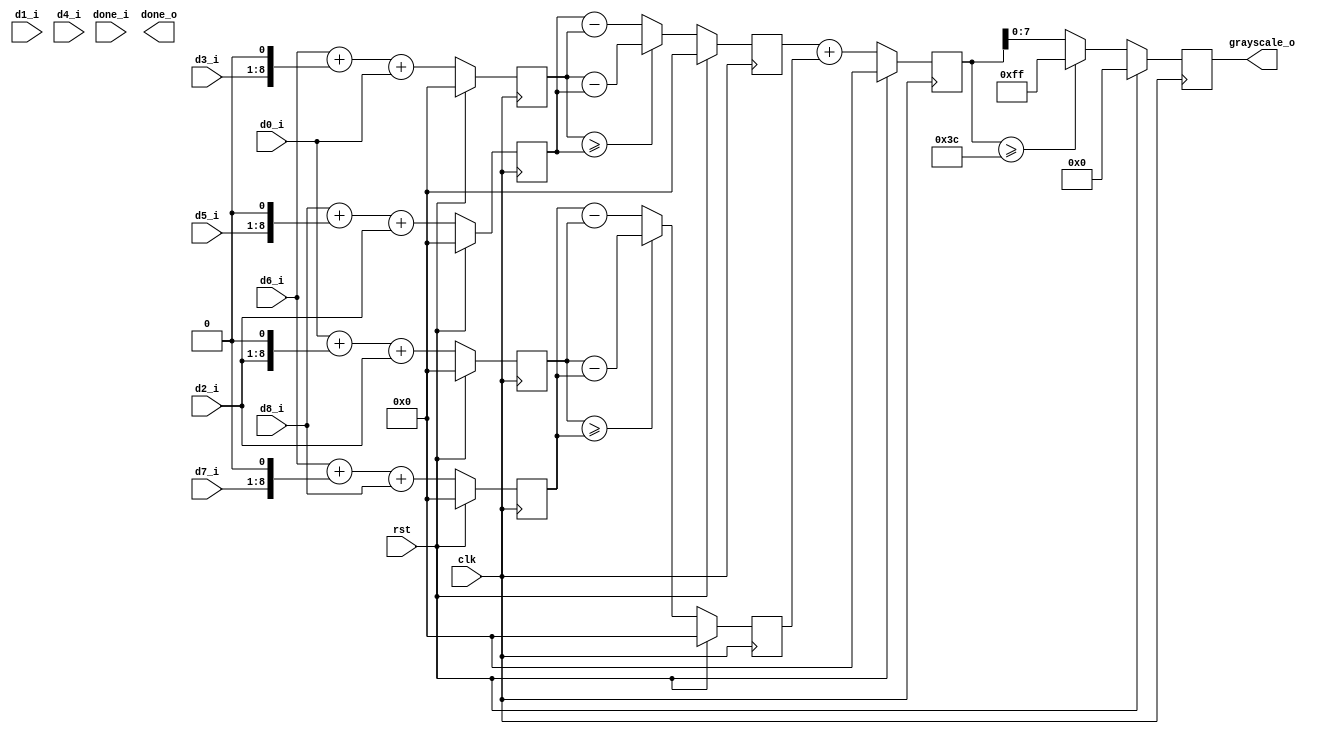
`timescale 1ns / 1ps
//////////////////////////////////////////////////////////////////////////////////
// Company: 
// Engineer: 
// 
// Design Name: 
// Module Name: sobel_calc
// Project Name: 
// Target Devices: 
// Tool Versions: 
// Description: 
// 
// Dependencies: 
// 
// Revision:
// Revision 0.01 - File Created
// Additional Comments:
// 
//////////////////////////////////////////////////////////////////////////////////


module sobel_calc(
    input clk,
    input rst,
    
    input  [7:0] d0_i,
    input  [7:0] d1_i,
    input  [7:0] d2_i,
    input  [7:0] d3_i,
    input  [7:0] d4_i,
    input  [7:0] d5_i,
    input  [7:0] d6_i,
    input  [7:0] d7_i,
    input  [7:0] d8_i,
    input done_i,

    output reg [7:0] grayscale_o,
    output done_o

    );

reg [9:0] gx_p ; //x positive value
reg [9:0] gx_n ;
reg [9:0] gx_d ; //x data

reg [9:0] gy_p ;
reg [9:0] gy_n ;
reg [9:0] gy_d ;

reg [9:0] g_sum ;

reg [3:0] done_shift ;

always @(posedge clk) begin
    if (rst) begin
        gx_p <= 0;
        gx_n <= 0;
    end else begin
        gx_p <= d6_i + (d3_i << 1) + d0_i;
        gx_n <= d8_i + (d5_i << 1) + d2_i;
        
    end
    
end

always @(posedge clk) begin
    if (rst) begin
        gy_p <= 0;
        gy_n <= 0;
    end else begin
        gy_p <= d0_i + (d2_i << 1) + d2_i;
        gy_n <= d6_i + (d7_i << 1) + d8_i;
        
    end
    
end

always @(posedge clk) begin
    if (rst) begin
        gx_d <= 0;
    end else begin
        gx_d <= (gx_p >= gx_n)? (gx_p - gx_n) : (gx_n-gx_p);
    end
end

always @(posedge clk) begin
    if (rst) begin
        gy_d <= 0;
    end else begin
        gy_d <= (gy_p >= gy_n)?(gy_p - gy_n) : (gy_n-gy_p);
    end
end

always @(posedge clk) begin
    if (rst) begin
        g_sum <=0;
    end else begin
        g_sum <= gx_d + gy_d;
    end
end

always @(posedge clk) begin
    if (rst) begin
        grayscale_o <=0;
    end else begin
        grayscale_o <= (g_sum>= 8'd60) ? 8'd255 : g_sum[7:0];
    end
end

assign done_o = done_shift[3];

endmodule